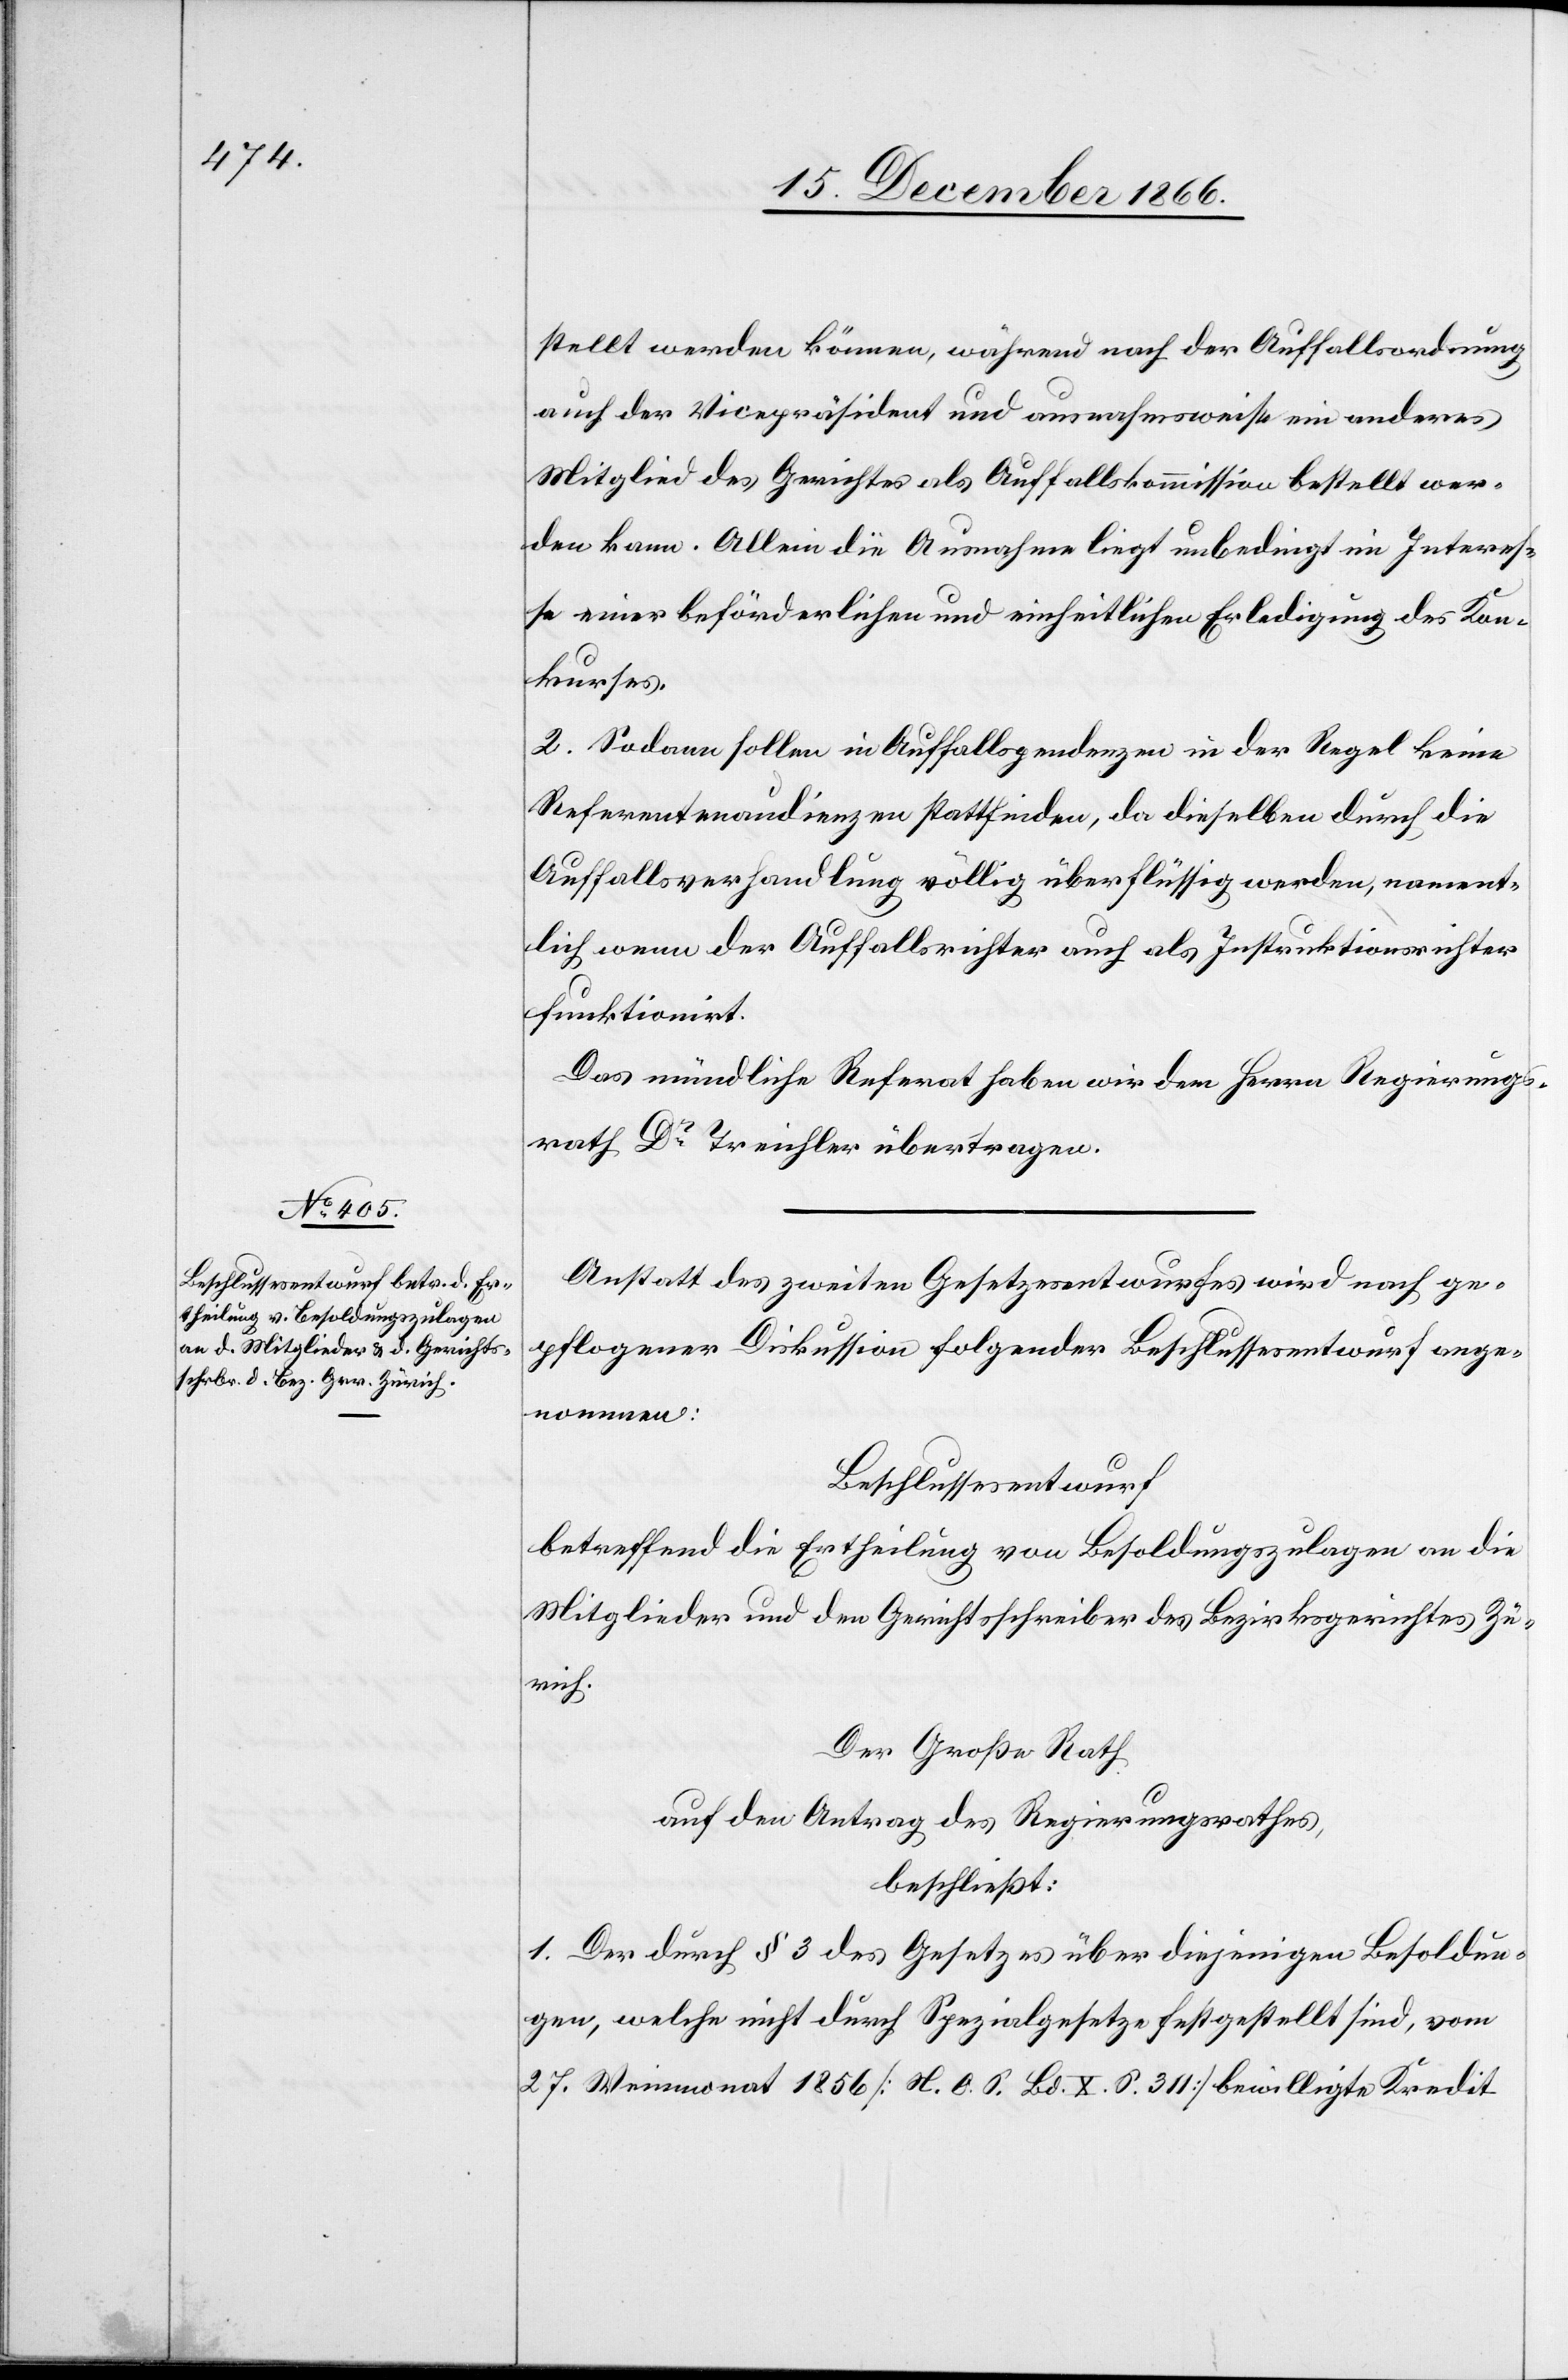
stellt werden können, während nach der Auffallsordnung
auch der Vicepräsident und ausnahmsweise ein anderes
Mitglied des Gerichtes als Auffallskommission bestellt wer¬
den kann. Allein die Ausnahme liegt unbedingt im Interes¬
se einer beförderlichen und einheitlichen Erledigung des Kon¬
kurses.
2. Sodann sollen in Auffallspendenzen in der Regel keine
Referentenaudienzen stattfinden, da dieselben durch die
Auffallsverhandlung völlig überflüssig werden, nament¬
lich wenn der Auffallsrichter auch als Instruktionsrichter
funktionirt.
Das mündliche Referat haben wir dem Herrn Regierungs¬
rath Dr. Treichler übertragen.